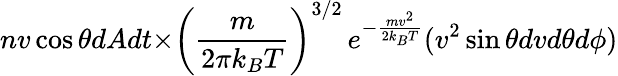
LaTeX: nv\cos{\theta}dAdt{\times}\left({\frac{m}{2\pi k_{B}T}}\right)^{3/2}\, e^{-{\frac{mv^{2}}{2k_{B}T}}}(v^{2}\sin{\theta}dv{d\theta}d\phi)